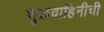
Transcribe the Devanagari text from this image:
शुक्रवाहिनीची